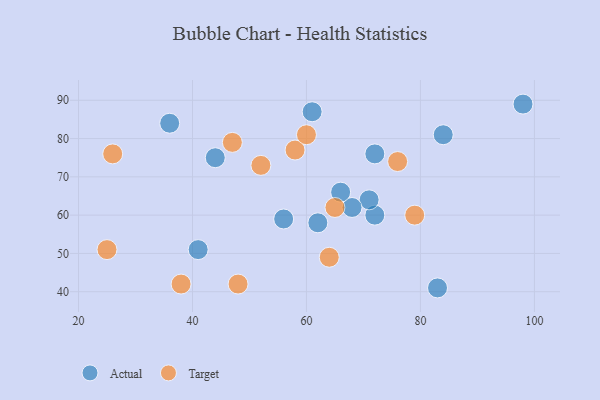
{"axis": {"x": "GDP", "y": "Life Expectancy"}, "legend": ["Actual", "Target"], "data": [{"x": "84", "y": 81, "type": "Actual"}, {"x": "36", "y": 84, "type": "Actual"}, {"x": "41", "y": 51, "type": "Actual"}, {"x": "83", "y": 41, "type": "Actual"}, {"x": "56", "y": 59, "type": "Actual"}, {"x": "72", "y": 60, "type": "Actual"}, {"x": "98", "y": 89, "type": "Actual"}, {"x": "71", "y": 64, "type": "Actual"}, {"x": "72", "y": 76, "type": "Actual"}, {"x": "44", "y": 75, "type": "Actual"}, {"x": "68", "y": 62, "type": "Actual"}, {"x": "62", "y": 58, "type": "Actual"}, {"x": "61", "y": 87, "type": "Actual"}, {"x": "66", "y": 66, "type": "Actual"}, {"x": "26", "y": 76, "type": "Target"}, {"x": "65", "y": 62, "type": "Target"}, {"x": "52", "y": 73, "type": "Target"}, {"x": "47", "y": 79, "type": "Target"}, {"x": "38", "y": 42, "type": "Target"}, {"x": "64", "y": 49, "type": "Target"}, {"x": "58", "y": 77, "type": "Target"}, {"x": "76", "y": 74, "type": "Target"}, {"x": "48", "y": 42, "type": "Target"}, {"x": "60", "y": 81, "type": "Target"}, {"x": "25", "y": 51, "type": "Target"}, {"x": "79", "y": 60, "type": "Target"}]}